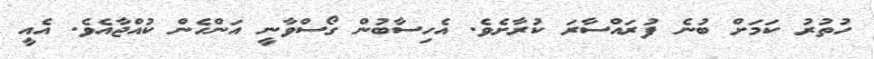
ހުތުރު ކަމަށް ބުނެ ފުރައްސާރަ ކުރާށެވެ. އެހިސާބުން ގޯސްވާނީ އަންހެން ކުއްޖާއެވެ. އެއީ